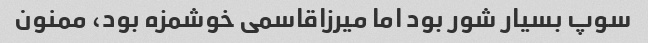
سوپ بسیار شور بود اما میرزاقاسمی خوشمزه بود، ممنون